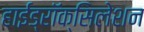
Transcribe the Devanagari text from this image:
हाईड्रॉक्सिलेशन